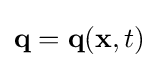
\mathbf {q} =\mathbf {q} (\mathbf {x} ,t)